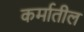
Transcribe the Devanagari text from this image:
कर्मातील